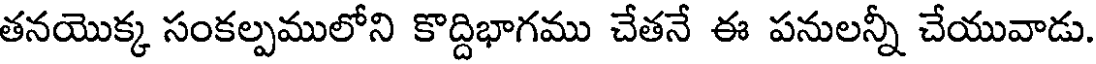
తనయొక్క సంకల్పములోని కొద్దిభాగము చేతనే ఈ పనులన్నీ చేయువాడు.